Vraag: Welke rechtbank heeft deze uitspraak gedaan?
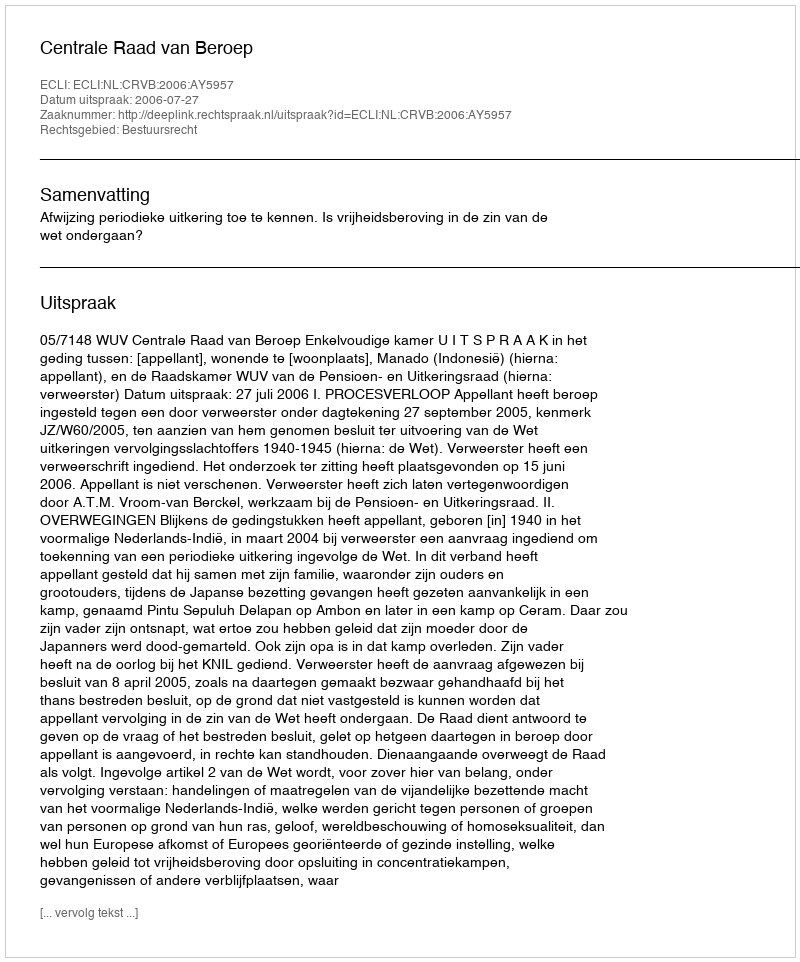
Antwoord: Centrale Raad van Beroep